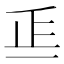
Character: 𣥋